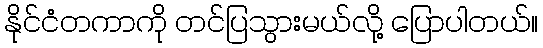
နိုင်ငံတကာကို တင်ပြသွားမယ်လို့ ပြောပါတယ်။